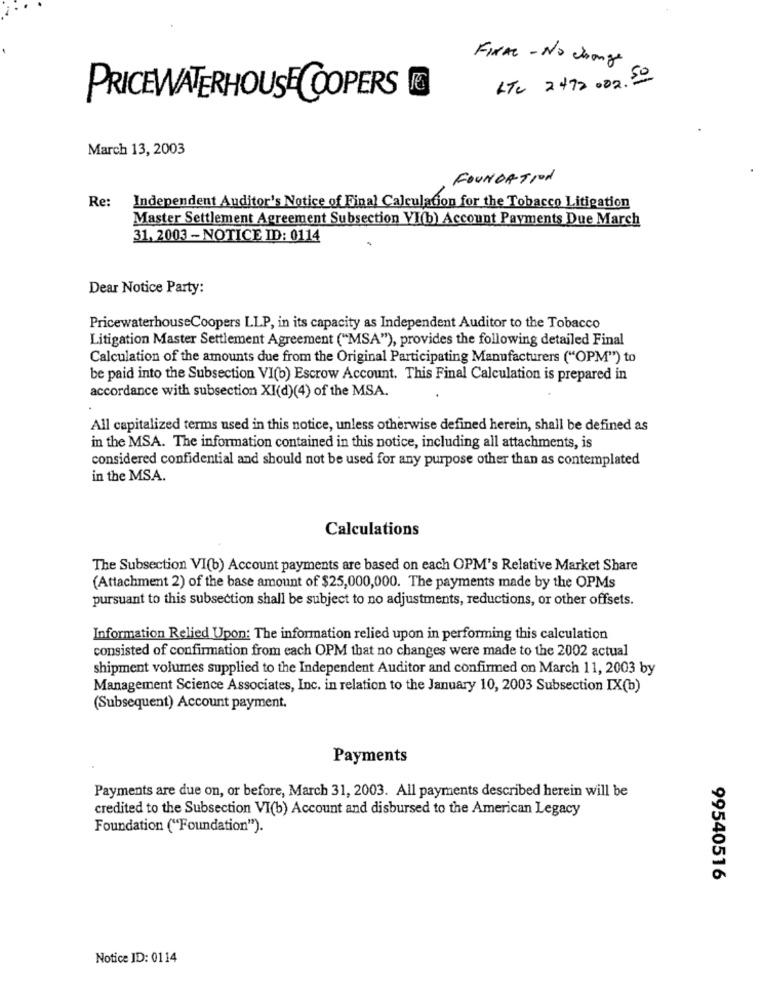
FINAL - NO change
LTU 2472 002.20
PRICEWATERHOUSE COOPERS
March 13, 2003
FOUNDATION
Re:
Independent Auditor's Notice of Final Calculation for the Tobacco Litigation
Master Settlement Agreement Subsection VI(b) Account Payments Due March
31, 2003 - NOTICE ID: 0114
Dear Notice Party:
PricewaterhouseCoopers LLP, in its capacity as Independent Auditor to the Tobacco
Litigation Master Settlement Agreement ("MSA"), provides the following detailed Final
Calculation of the amounts due from the Original Participating Manufacturers ("OPM") to
be paid into the Subsection VI(b) Escrow Account. This Final Calculation is prepared in
accordance with subsection XI(d)(4) of the MSA.
All capitalized terms used in this notice, unless otherwise defined herein, shall be defined as
in the MSA. The information contained in this notice, including all attachments, is
considered confidential and should not be used for any purpose other than as contemplated
in the MSA.
Calculations
The Subsection VI(b) Account payments are based on each OPM's Relative Market Share
(Attachment 2) of the base amount of $25,000,000. The payments made by the OPMs
pursuant to this subsection shall be subject to no adjustments, reductions, or other offsets.
Information Relied Upon: The information relied upon in performing this calculation
consisted of confirmation from each OPM that no changes were made to the 2002 actual
shipment volumes supplied to the Independent Auditor and confirmed on March 11, 2003 by
Management Science Associates, Inc. in relation to the January 10, 2003 Subsection IX(b)
(Subsequent) Account payment.
Payments
Payments are due on, or before, March 31, 2003. All payments described herein will be
credited to the Subsection VI(b) Account and disbursed to the American Legacy
Foundation ("Foundation").
99540516
Notice ID: 0114